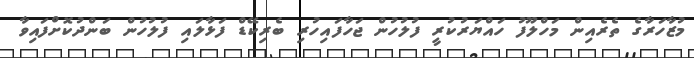
މުޒާހަރާގެ ތެރެއިން މަހްލޫފު ހައްޔަރުކުރީ ފުލުހުން ޖަހާފައިހުރި ބެރިކޭޑް ފަޅާލައި ފުލުހުން ބަންދުކޮށްފައިވާ